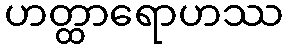
ဟတ္ထာရောဟဿ